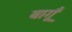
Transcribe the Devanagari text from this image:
बागूँ